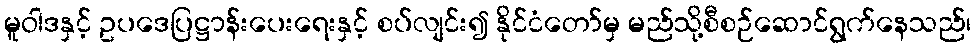
မူဝါဒနှင့် ဥပဒေပြဋ္ဌာန်းပေးရေးနှင့် စပ်လျင်း၍ နိုင်ငံတော်မှ မည်သို့စီစဉ်ဆောင်ရွက်နေသည်၊